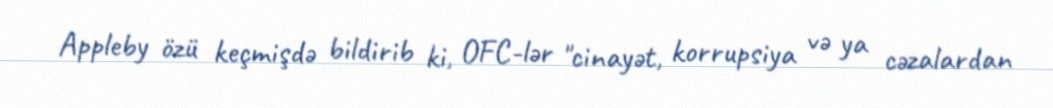
Appleby özü keçmişdə bildirib ki, OFC-lər "cinayət, korrupsiya və ya cəzalardan